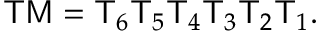
\mathsf { T M } = \mathsf { T } _ { 6 } \mathsf { T } _ { 5 } \mathsf { T } _ { 4 } \mathsf { T } _ { 3 } \mathsf { T } _ { 2 } \mathsf { T } _ { 1 } .